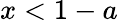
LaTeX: x<1-a